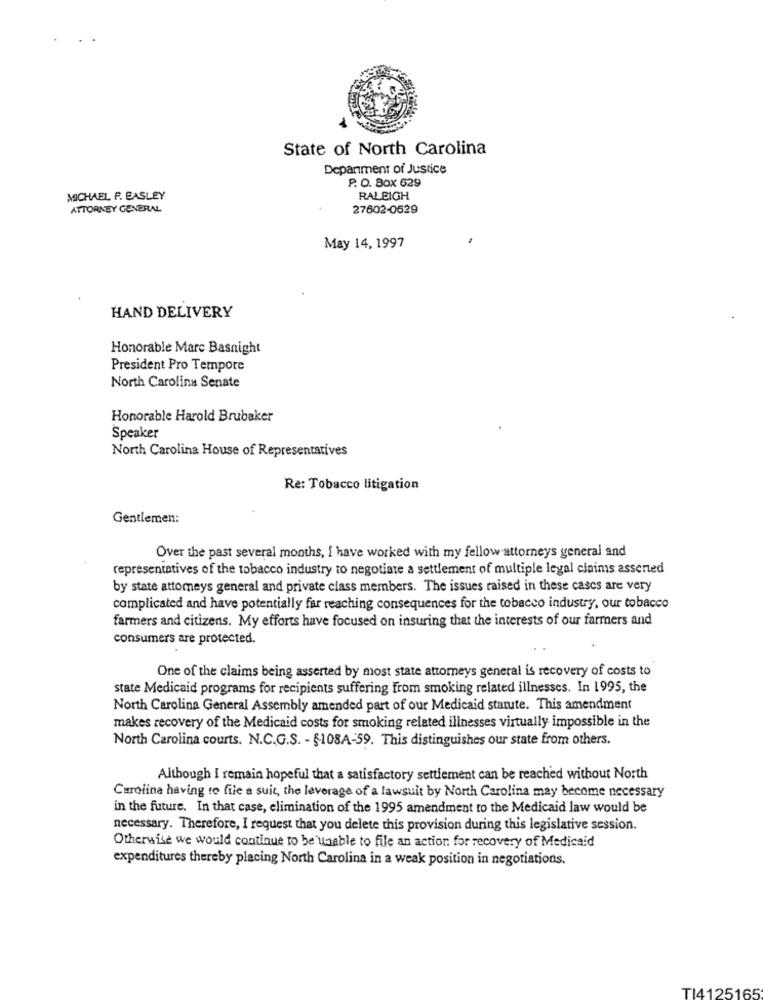
State of North Carolina
Department of Justice
P. O. Box 629
MICHAEL P. EASLEY
RALEIGH
ATTORNEY GENERAL
27602-0529
May 14, 1997
HAND DELIVERY
Honorable Marc Basnight
President Pro Tempore
North Carolina Senate
Honorable Harold Brubaker
Speaker
North Carolina House of Representatives
Re: Tobacco litigation
Gentlemen:
Over the past several months, I have worked with my fellow attorneys general and
representatives of the tobacco industry to negotiate a settlement of multiple legal claims asserted
by state attomeys general and private class members. The issues raised in these cases are very
complicated and have potentially far reaching consequences for the tobacco industry, our tobacco
farmers and citizens. My efforts have focused on insuring that the interests of our farmers and
consumers are protected.
One of the claims being asserted by most state attorneys general is recovery of costs to
state Medicaid programs for recipients suffering from smoking related illnesses. In 1995, the
North Carolina General Assembly amended part of our Medicaid statute. This amendment
makes recovery of the Medicaid costs for smoking related illnesses virtually impossible in the
North Carolina courts. N.C.G.S. - $108A-59. This distinguishes our state from others.
Although I remain hopeful that a satisfactory settlement can be reached without North
Carolina having to file a suit, the leverage of a lawsuit by North Carolina may become necessary
in the future. In that case, elimination of the 1995 amendment to the Medicaid law would be
necessary. Therefore, I request that you delete this provision during this legislative session.
Otherwise we would continue to be unable to file an action for recovery of Medicaid
expenditures thereby placing North Carolina in a weak position in negotiations.
TI4125165